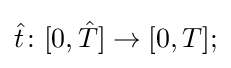
{\hat {t}}\colon [0,{\hat {T}}]\to [0,T];